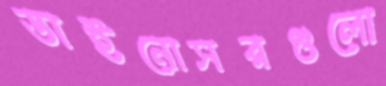
ডাইনোসরগুলো